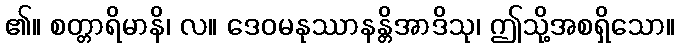
၏။ စတ္တာရိမာနိ၊ လ။ ဒေဝမနုဿာနန္တိအာဒိသု၊ ဤသို့အစရှိသော။